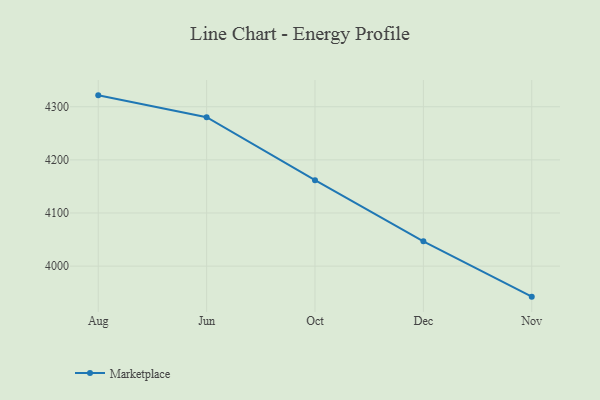
{"axis": {"x": "Month", "y": "Conversion Rate (%)"}, "legend": ["Marketplace"], "data": [{"x": "Aug", "y": 4321.4, "type": "Marketplace"}, {"x": "Jun", "y": 4280.2, "type": "Marketplace"}, {"x": "Oct", "y": 4161.7, "type": "Marketplace"}, {"x": "Dec", "y": 4046.7, "type": "Marketplace"}, {"x": "Nov", "y": 3942.6, "type": "Marketplace"}]}